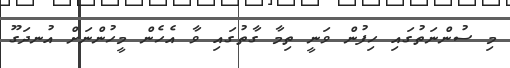
މި ސުންނަތުގައި ހިފުން ވަނީ ތިމާ ގާތުގައި ވާ އެހެން މީހުންނަށް އުނދަގޫ